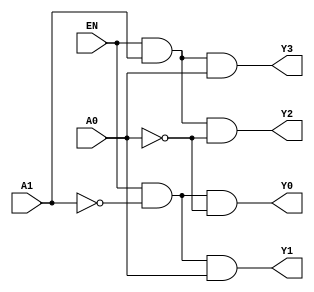
module decoder2to4 (
    input A0,
    input A1,
    input EN,
    output Y0,
    output Y1,
    output Y2,
    output Y3
);
    wire nA0, nA1;

    not (nA0, A0);
    not (nA1, A1);

    and (Y0, EN, nA1, nA0);
    and (Y1, EN, nA1, A0);
    and (Y2, EN, A1, nA0);
    and (Y3, EN, A1, A0);
endmodule